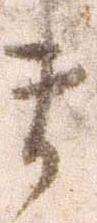
ま